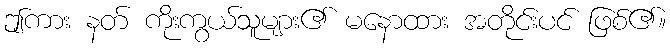
ဤကား နတ် ကိုးကွယ်သူများ၏ မနောထား အတိုင်းပင် ဖြစ်၏။